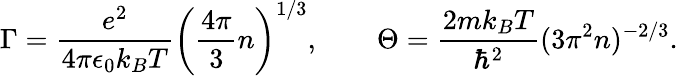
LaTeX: \Gamma=\frac{e^{2}}{4\pi\epsilon_{0}k_{B}T}\left(\frac{4\pi}{3}n\right)^{1/3},\qquad\Theta=\frac{2mk_{B}T}{\hbar^{2}}(3\pi^{2}n)^{-2/3}.